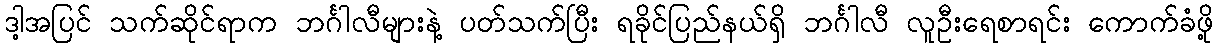
ဒါ့အပြင် သက်ဆိုင်ရာက ဘင်္ဂါလီများနဲ့ ပတ်သက်ပြီး ရခိုင်ပြည်နယ်ရှိ ဘင်္ဂါလီ လူဦးရေစာရင်း ကောက်ခံဖို့